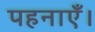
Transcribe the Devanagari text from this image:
पहनाएँ।